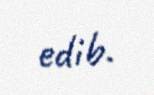
edib.